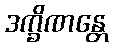
ဒက္ခိဏန္တေ